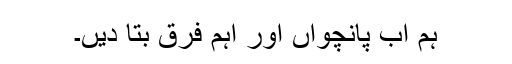
ہم اب پانچواں اور اہم فرق بتا دیں۔